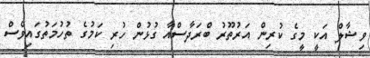
ވިޝާލް އަކީ މީގެ ކުރިން އަރުތޫރު ބްރަދާސްއާ ގުޅުން ހުރި ކަމުގެ ތުހުމަތުގައިވެސް